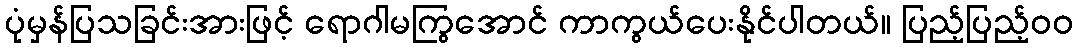
ပုံမှန်ပြသခြင်းအားဖြင့် ရောဂါမကြွအောင် ကာကွယ်ပေးနိုင်ပါတယ်။ ပြည့်ပြည့်ဝဝ